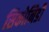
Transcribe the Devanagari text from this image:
सिकोनिडी